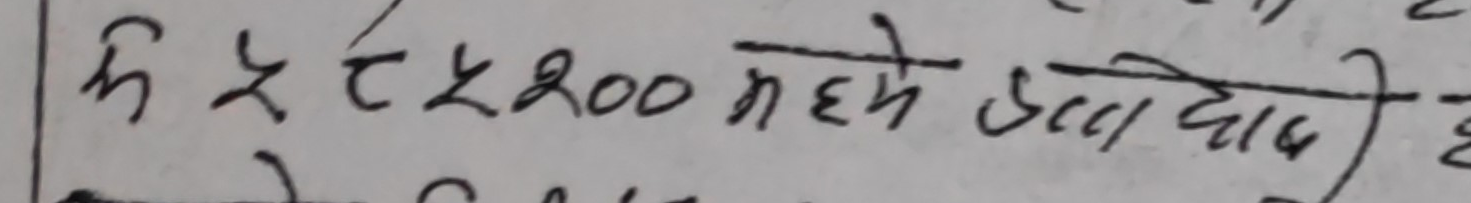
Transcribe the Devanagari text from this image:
रू ५ रू २०० महीने उध्दादि है